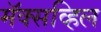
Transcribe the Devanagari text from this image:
मॅक्सव्हिल